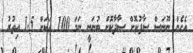
އެހެން ނޫނަސް ސާފުކޮށް ސާދާކޮށް ބުނަނީ ނަމަ 100 އަކަށް 1.5 އިތުރު